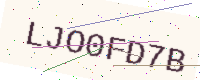
Text: LJO0FD7B